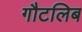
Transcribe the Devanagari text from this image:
गौटलिब